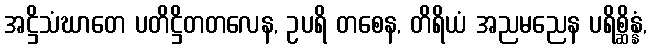
အဋ္ဌိသံဃာတေ ပတိဋ္ဌိတတလေန, ဥပရိ တစေန, တိရိယံ အညမညေန ပရိစ္ဆိန္နံ,